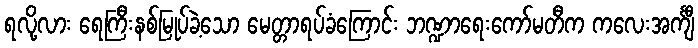
ရလို့လား ရေကြီးနစ်မြုပ်ခဲ့သော မေတ္တာရပ်ခံကြောင်း ဘဏ္ဍာရေးကော်မတီက ကလေးအင်္ကျီ